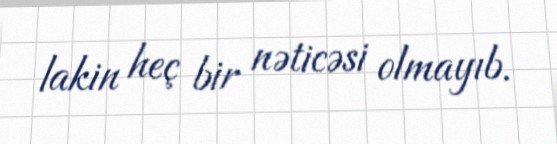
lakin heç bir nəticəsi olmayıb.